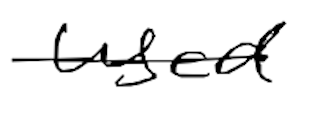
Text: used
Cross-out: single-line
Writing tool: digital_black